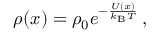
\rho ( x ) = \rho _ { 0 } e ^ { - \frac { U ( x ) } { k _ { \mathrm { B } } T } } \, ,